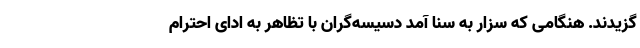
گزیدند. هنگامی که سزار به سنا آمد دسیسه‌گران با تظاهر به ادای احترام